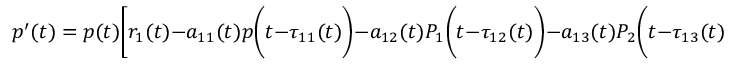
p ^ { \prime } ( t ) = p ( t ) { \Biggl [ } r _ { 1 } ( t ) - a _ { 1 1 } ( t ) p { \biggl ( } t - \tau _ { 1 1 } ( t ) { \biggr ) } - a _ { 1 2 } ( t ) P _ { 1 } { \biggl ( } t - \tau _ { 1 2 } ( t ) { \biggr ) } - a _ { 1 3 } ( t ) P _ { 2 } { \biggl ( } t - \tau _ { 1 3 } ( t ) { \biggr ) } { \Biggr ] }